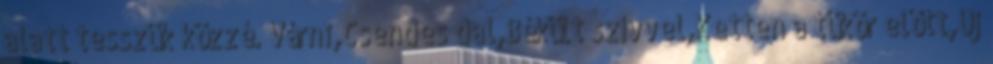
alatt tesszük közzé. Várni,Csendes dal,Békült szívvel,Ketten a tükör előtt,Új